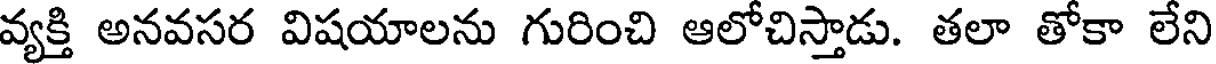
వ్యక్తి అనవసర విషయాలను గురించి ఆలోచిస్తాడు. తలా తోకా లేని